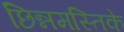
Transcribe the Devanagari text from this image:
छिन्नमस्तिके